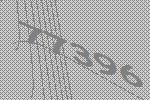
77396